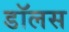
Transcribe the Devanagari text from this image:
डॉलस